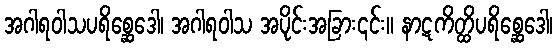
အဂါရဝါသပရိစ္ဆေဒေါ၊ အဂါရဝါသ အပိုင်းအခြား၎င်း။ နာဋကိတ္ထိပရိစ္ဆေဒေါ၊